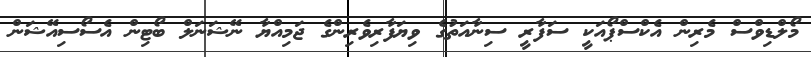
މޯލްޑިވްސް މެރިން އެކްސްޕޯއަކީ ސަފާރީ ސިނާއަތުގެ ވިޔަފާރިވެރިންގެ ޖަމިއްޔާ ނޭޝަނަލް ބޯޓިން އެސޯސިއޭޝަން